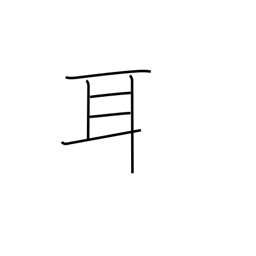
Meaning: ear